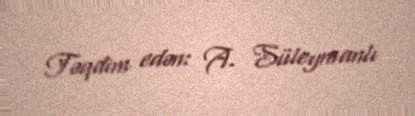
Təqdim edən: A. Süleymanlı